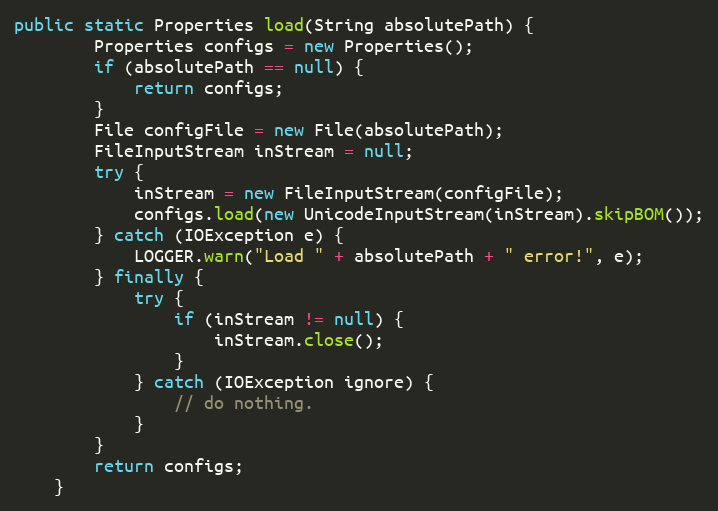
Language: Java
public static Properties load(String absolutePath) {
        Properties configs = new Properties();
        if (absolutePath == null) {
            return configs;
        }
        File configFile = new File(absolutePath);
        FileInputStream inStream = null;
        try {
            inStream = new FileInputStream(configFile);
            configs.load(new UnicodeInputStream(inStream).skipBOM());
        } catch (IOException e) {
            LOGGER.warn("Load " + absolutePath + " error!", e);
        } finally {
            try {
                if (inStream != null) {
                    inStream.close();
                }
            } catch (IOException ignore) {
                // do nothing.
            }
        }
        return configs;
    }